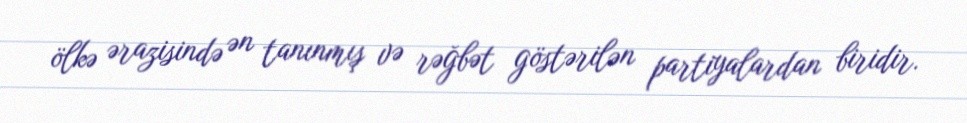
ölkə ərazisində ən tanınmış və rəğbət göstərilən partiyalardan biridir.